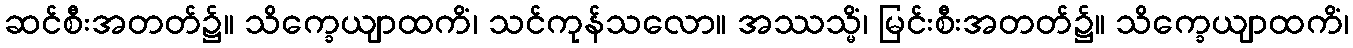
ဆင်စီးအတတ်၌။ သိက္ခေယျာထကိံ၊ သင်ကုန်သလော။ အဿသ္မိံ၊ မြင်းစီးအတတ်၌။ သိက္ခေယျာထကိံ၊